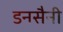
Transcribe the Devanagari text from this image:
डनसैनी